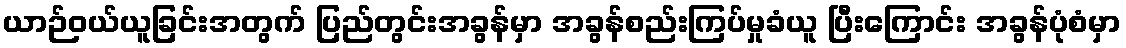
ယာဉ်ဝယ်ယူခြင်းအတွက် ပြည်တွင်းအခွန်မှာ အခွန်စည်းကြပ်မှုခံယူ ပြီးကြောင်း အခွန်ပုံစံမှာ